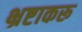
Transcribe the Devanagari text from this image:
भ्रष्टाकरू